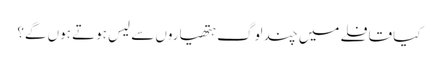
کیا قافلے میں چند لوگ ہتھیاروں سے لیس ہوتے ہوں گے؟